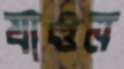
যাওন